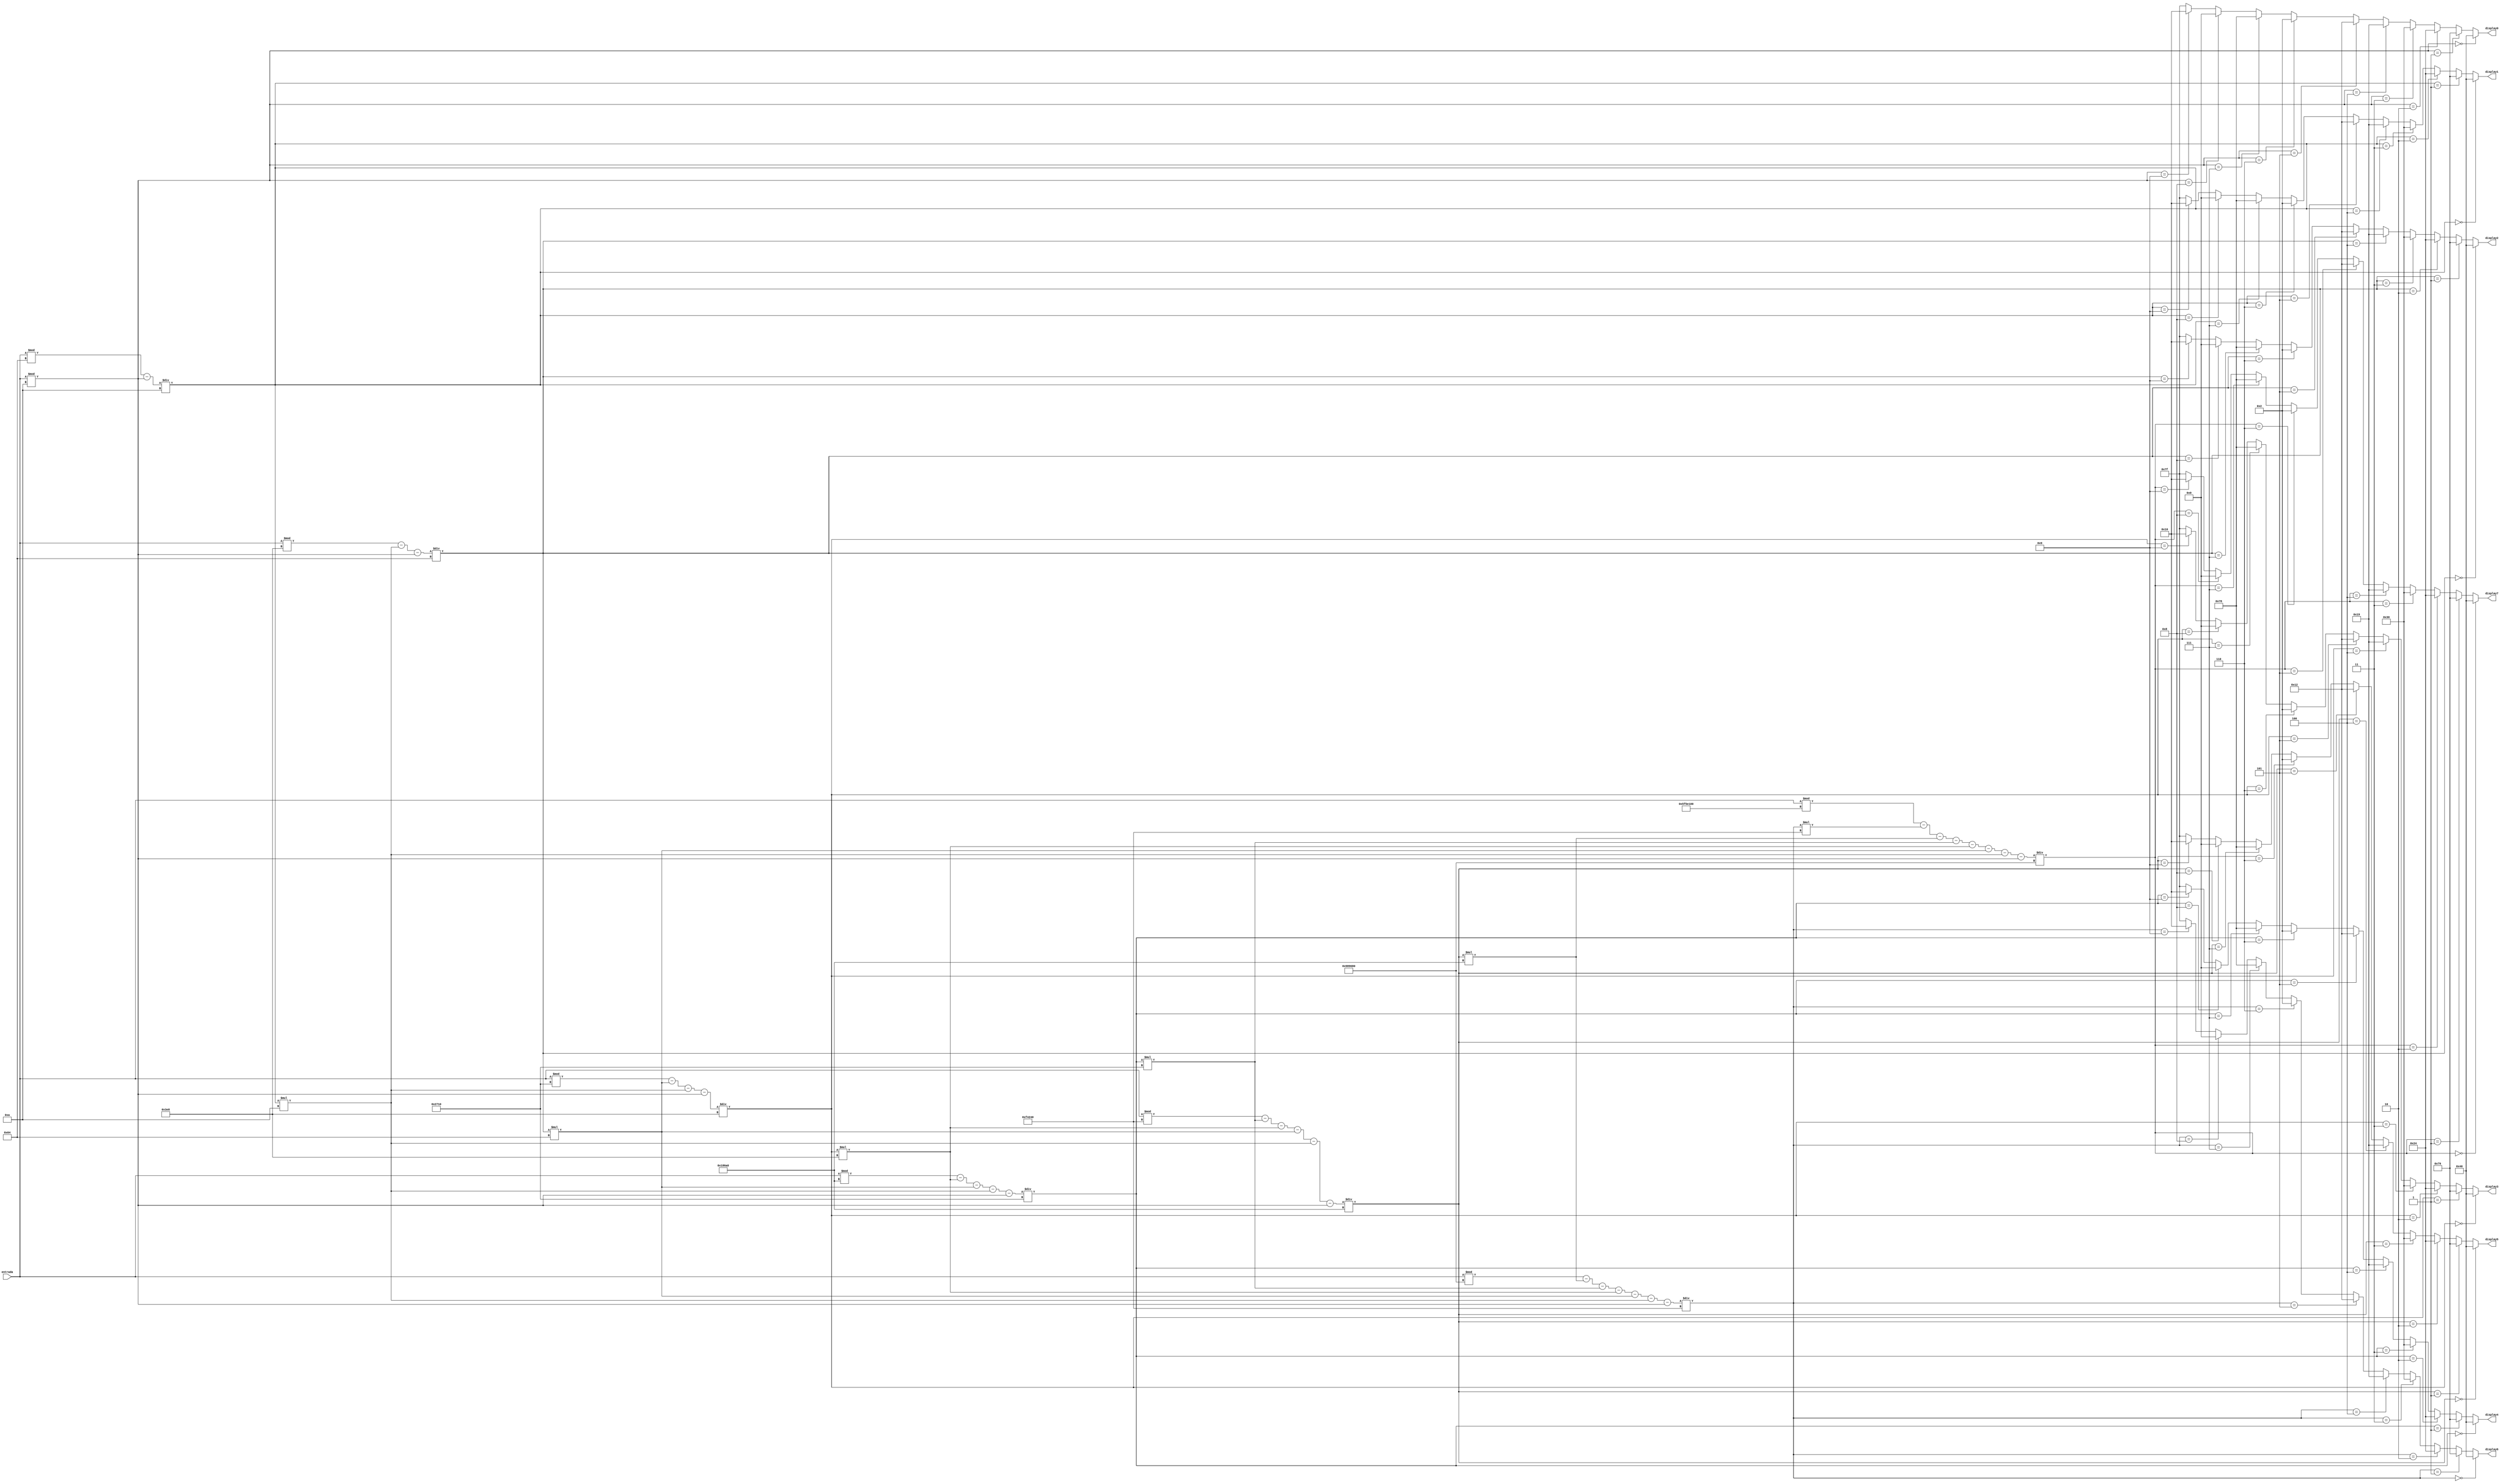
module Conversor_7Seg_Melhorado (entrada,display0,display1,display2,display3,display4,display5,display6,display7);
  input [31:0]entrada;
  output [6:0] display0,display1,display2,display3,display4,display5,display6,display7;

  wire [31:0] Aux0 = entrada %10;
  wire [31:0] Aux1 = (entrada %100 - Aux0)/10;
  wire [31:0] Aux2 = (entrada %1000 -Aux1*10 - Aux0)/100;
  wire [31:0] Aux3 = (entrada %10000 -Aux2*100 -Aux1*10 - Aux0)/1000;
  wire [31:0] Aux4 = (entrada %100000 -Aux3*1000 -Aux2*100 -Aux1*10 - Aux0)/10000;
  wire [31:0] Aux5 = (entrada %1000000 -Aux4*10000 -Aux3*1000 -Aux2*100 -Aux1*10 - Aux0)/100000;
  wire [31:0] Aux6 = (entrada %10000000 -Aux5*100000 -Aux4*10000 -Aux3*1000 -Aux2*100 -Aux1*10 - Aux0)/1000000;
  wire [31:0] Aux7 = (entrada %100000000 -Aux6*1000000 -Aux5*100000 -Aux4*10000 -Aux3*1000 -Aux2*100 -Aux1*10 - Aux0)/10000000;

  assign display0 = (Aux0 == 32'd0) ? 7'b1000000:
               (Aux0 == 32'd1) ? 7'b1111001:
               (Aux0 == 32'd2) ? 7'b0100100:
               (Aux0 == 32'd3) ? 7'b0110000:
               (Aux0 == 32'd4) ? 7'b0011001:
               (Aux0 == 32'd5) ? 7'b0010010:
               (Aux0 == 32'd6) ? 7'b0000010:
               (Aux0 == 32'd7) ? 7'b1111000:
               (Aux0 == 32'd8) ? 7'b0000000:
               (Aux0 == 32'd9) ? 7'b0010000: 7'b1111111;

  assign display1 = (Aux1 == 32'd0) ? 7'b1000000:
               (Aux1 == 32'd1) ? 7'b1111001:
               (Aux1 == 32'd2) ? 7'b0100100:
               (Aux1 == 32'd3) ? 7'b0110000:
               (Aux1 == 32'd4) ? 7'b0011001:
               (Aux1 == 32'd5) ? 7'b0010010:
               (Aux1 == 32'd6) ? 7'b0000010:
               (Aux1 == 32'd7) ? 7'b1111000:
               (Aux1 == 32'd8) ? 7'b0000000:
               (Aux1 == 32'd9) ? 7'b0010000: 7'b1111111;

  assign display2 = (Aux2 == 32'd0) ? 7'b1000000:
                (Aux2 == 32'd1) ? 7'b1111001:
                (Aux2 == 32'd2) ? 7'b0100100:
                (Aux2 == 32'd3) ? 7'b0110000:
                (Aux2 == 32'd4) ? 7'b0011001:
                (Aux2 == 32'd5) ? 7'b0010010:
                (Aux2 == 32'd6) ? 7'b0000010:
                (Aux2 == 32'd7) ? 7'b1111000:
                (Aux2 == 32'd8) ? 7'b0000000:
                (Aux2 == 32'd9) ? 7'b0010000: 7'b1111111;

   assign display3 = (Aux3 == 32'd0) ? 7'b1000000:
                (Aux3 == 32'd1) ? 7'b1111001:
                (Aux3 == 32'd2) ? 7'b0100100:
                (Aux3 == 32'd3) ? 7'b0110000:
                (Aux3 == 32'd4) ? 7'b0011001:
                (Aux3 == 32'd5) ? 7'b0010010:
                (Aux3 == 32'd6) ? 7'b0000010:
                (Aux3 == 32'd7) ? 7'b1111000:
                (Aux3 == 32'd8) ? 7'b0000000:
                (Aux3 == 32'd9) ? 7'b0010000: 7'b1111111;

    assign display4 = (Aux4 == 32'd0) ? 7'b1000000:
                 (Aux4 == 32'd1) ? 7'b1111001:
                 (Aux4 == 32'd2) ? 7'b0100100:
                 (Aux4 == 32'd3) ? 7'b0110000:
                 (Aux4 == 32'd4) ? 7'b0011001:
                 (Aux4 == 32'd5) ? 7'b0010010:
                 (Aux4 == 32'd6) ? 7'b0000010:
                 (Aux4 == 32'd7) ? 7'b1111000:
                 (Aux4 == 32'd8) ? 7'b0000000:
                 (Aux4 == 32'd9) ? 7'b0010000: 7'b1111111;

    assign display5 = (Aux5 == 32'd0) ? 7'b1000000:
                 (Aux5 == 32'd1) ? 7'b1111001:
                 (Aux5 == 32'd2) ? 7'b0100100:
                 (Aux5 == 32'd3) ? 7'b0110000:
                 (Aux5 == 32'd4) ? 7'b0011001:
                 (Aux5 == 32'd5) ? 7'b0010010:
                 (Aux5 == 32'd6) ? 7'b0000010:
                 (Aux5 == 32'd7) ? 7'b1111000:
                 (Aux5 == 32'd8) ? 7'b0000000:
                 (Aux5 == 32'd9) ? 7'b0010000: 7'b1111111;

    assign display6 = (Aux6 == 32'd0) ? 7'b1000000:
                (Aux6 == 32'd1) ? 7'b1111001:
                (Aux6 == 32'd2) ? 7'b0100100:
                (Aux6 == 32'd3) ? 7'b0110000:
                (Aux6 == 32'd4) ? 7'b0011001:
                (Aux6 == 32'd5) ? 7'b0010010:
                (Aux6 == 32'd6) ? 7'b0000010:
                (Aux6 == 32'd7) ? 7'b1111000:
                (Aux6 == 32'd8) ? 7'b0000000:
                (Aux6 == 32'd9) ? 7'b0010000: 7'b1111111;

    assign display7 = (Aux7 == 32'd0) ? 7'b1000000:
                (Aux7 == 32'd1) ? 7'b1111001:
                (Aux7 == 32'd2) ? 7'b0100100:
                (Aux7 == 32'd3) ? 7'b0110000:
                (Aux7 == 32'd4) ? 7'b0011001:
                (Aux7 == 32'd5) ? 7'b0010010:
                (Aux7 == 32'd6) ? 7'b0000010:
                (Aux7 == 32'd7) ? 7'b1111000:
                (Aux7 == 32'd8) ? 7'b0000000:
                (Aux7 == 32'd9) ? 7'b0010000: 7'b1111111;





endmodule //Conversor_7Seg_Melhorado